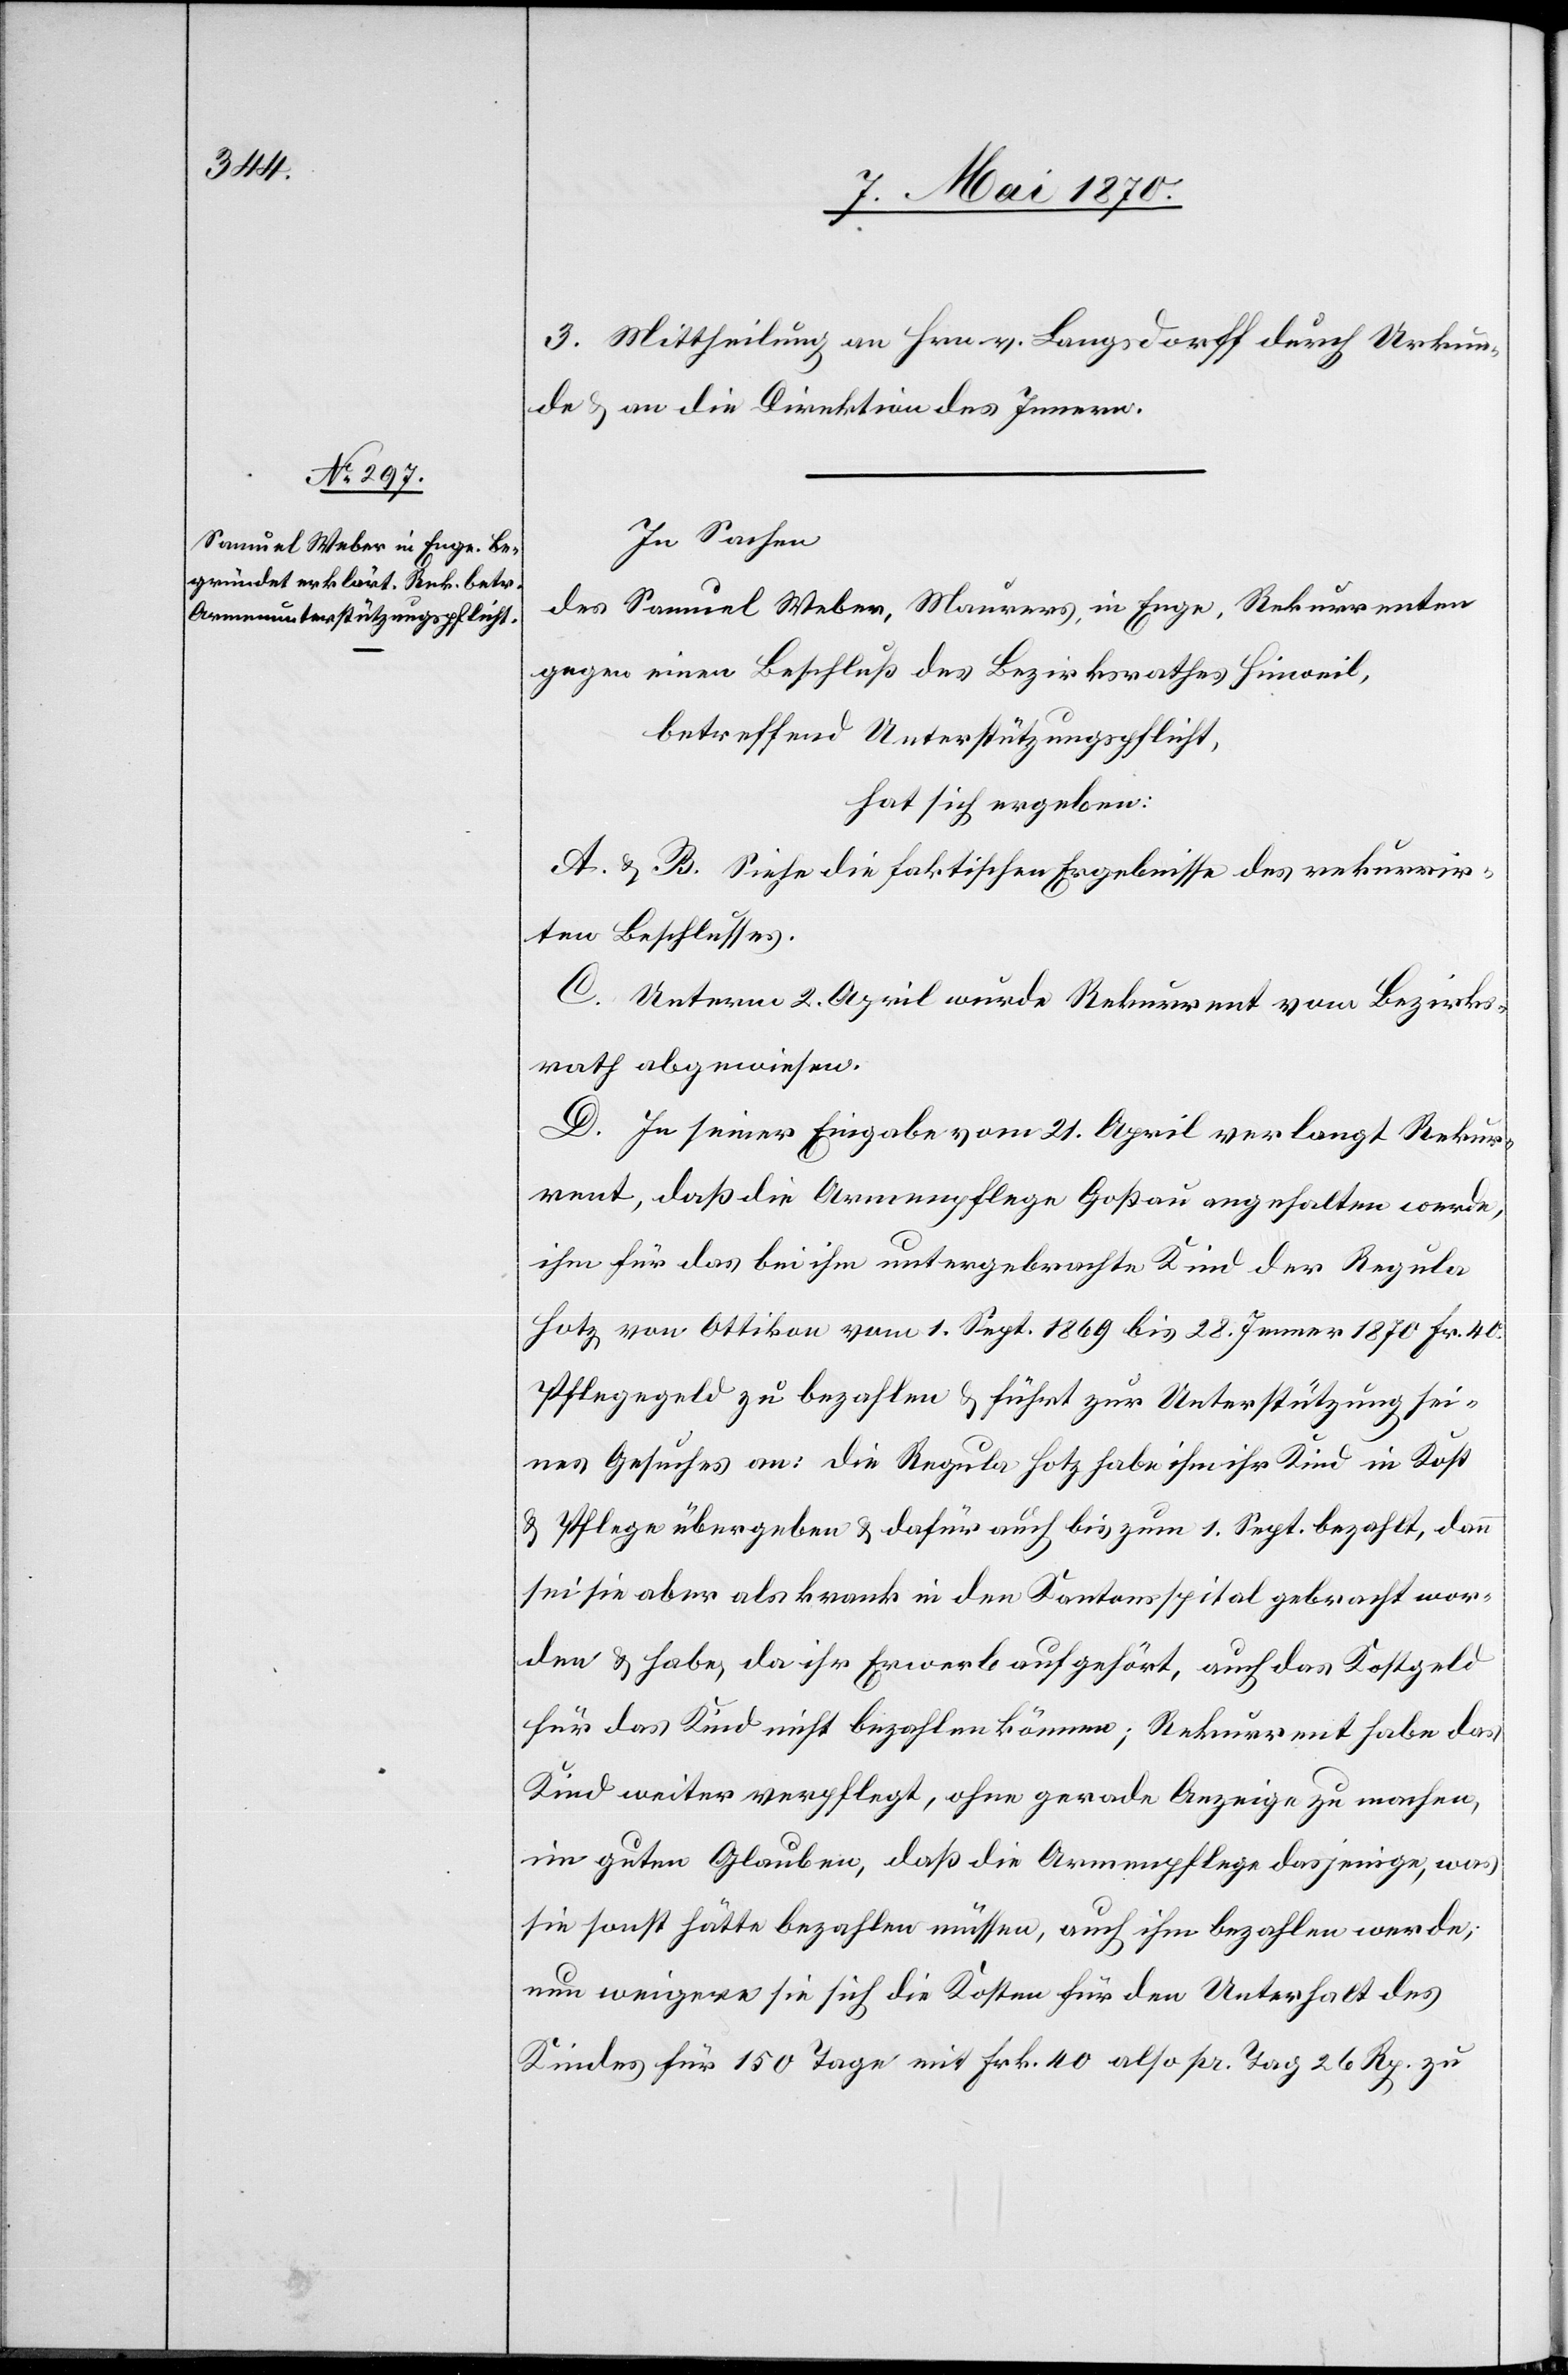
3. Mittheilung an Hrn. v. Langsdorff durch Urkun¬
de & an die Direktion des Innern.
In Sachen
des Samuel Weber, Maurers, in Enge, Rekurrenten
gegen einen Beschluß des Bezirksrath Hinweil,
betreffend Unterstützungspflicht,
hat sich ergeben:
A. & B. Siehe die faktischen Ergebnisse des rekurrir¬
ten Beschlusses.
C. Unterm 2. April wurde Rekurrent vom Bezirks¬
rath abgewiesen.
D. In seiner Eingabe vom 21. April verlangt Rekur¬
rent, daß die Armenpflege Goßau angehalten werde,
ihm für das bei ihm untergebrachte Kind der Regula
Hotz von Ottikon vom 1. Sept. 1869 bis 28. Jenner 1870 Fr. 40
Pflegegeld zu bezahlen & führt zur Unterstützung sei¬
nes Gesuches an: die Regula Hotz habe ihm ihr Kind in Kost
& Pflege übergeben & dafür auch bis zum 1. Sept. bezahlt, dann
sei sie aber als krank in den Kantonsspital gebracht wor¬
den & habe, da ihr Erwerb aufgehört, auch das Kostgeld
für das Kind nicht bezahlen können; Rekurrent habe das
Kind weiter verpflegt, ohne gerade Anzeige zu machen,
im guten Glauben, daß die Armenpflege dasjenige, was
sie sonst hätte bezahlen müssen, auch ihm bezahlen werde;
nun weigere sie sich die Kosten für den Unterhalt des
Kindes für 150 Tage mit Frk. 40 also pr. Tag 26 Rp. zu